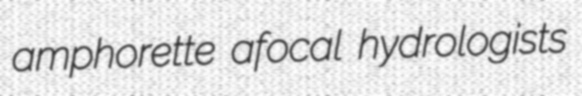
amphorette afocal hydrologists